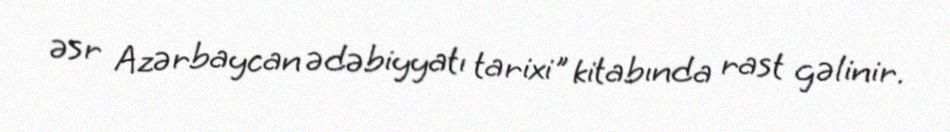
əsr Azərbaycan ədəbiyyatı tarixi" kitabında rast gəlinir.